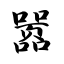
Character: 嚣